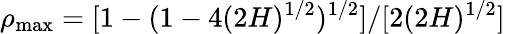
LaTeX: \rho_{\mathrm{max}}=[1-(1-4(2H)^{1/2})^{1/2}]/[2(2H)^{1/2}]